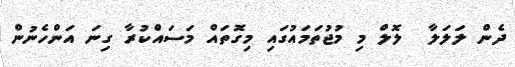
ދެން ލަލަލާ  ލޮލް މި މުޖުތަމައުގައި މިގޮތައް މަސައްކުރާ ގިނަ އަންހެނުން